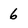
Character: 6